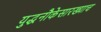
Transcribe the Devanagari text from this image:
युद्धनौकेसारख्याच